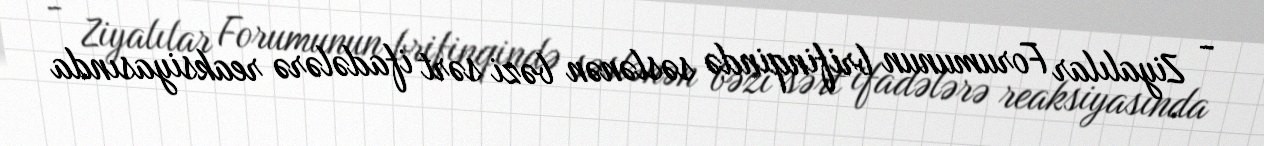
- Ziyalılar Forumunun brifinqində səslənən bəzi sərt ifadələrə reaksiyasında